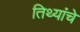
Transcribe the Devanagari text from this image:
तिथ्यांचे